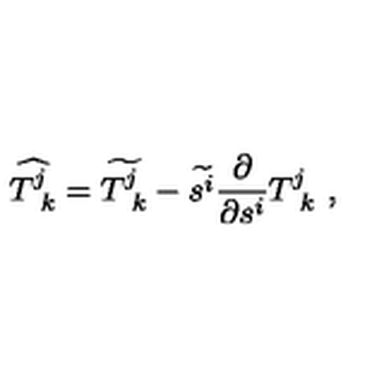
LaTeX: \widehat { T _ { \ k } ^ { j } } = \widetilde { T _ { \ k } ^ { j } } - \widetilde { s ^ { i } } { \frac { \partial } { \partial s ^ { i } } } { T _ { \ k } ^ { j } } \ ,